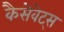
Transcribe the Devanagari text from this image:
कैसेवेट्स